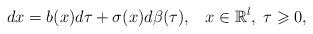
LaTeX: \begin{align*} dx =b( x)d\tau+\sigma( x)d \beta (\tau),\;\;\; x\in\mathbb{R}^l,\; \tau\geqslant0, \end{align*}